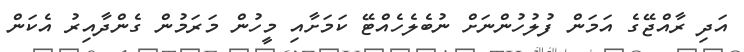
އަދި ރާއްޖޭގެ އަމަން ފުލުހުންނަށް ނުބެލެހެއްޓޭ ކަމަށާއި މީހުން މަރަމުން ގެންދާއިރު އެކަން